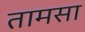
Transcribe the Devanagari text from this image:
तामसा